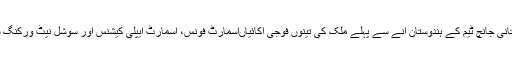
پٹھان کوٹ حملے کی جانچ کے نام پر پاکستانی جانچ ٹیم کے ہندوستان آنے سے پہلے ملک کی تینوں فوجی اکائیاںاسمارٹ فونس، اسمارٹ ایپلی کیشنس اور سوشل نیٹ ورکنگ سائٹس کے استعمال سے الگ ہو چکی تھیں۔